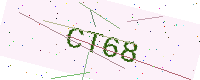
Text: CT68